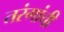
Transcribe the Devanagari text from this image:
तरंगांची